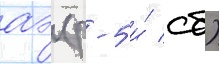
аэ (р-5 и́ сб)